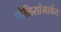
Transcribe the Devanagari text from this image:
पोलिसांमार्फत